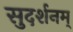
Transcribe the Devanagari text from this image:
सुदर्शनम्